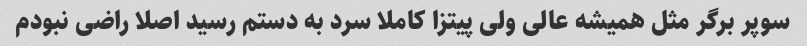
سوپر برگر مثل همیشه عالی ولی پیتزا کاملا سرد به دستم رسید اصلا راضی نبودم